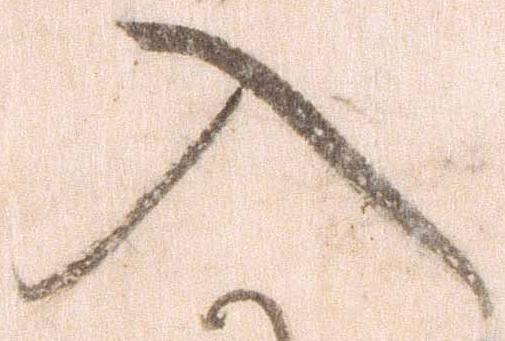
入